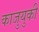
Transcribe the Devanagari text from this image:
काजुयुकी